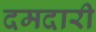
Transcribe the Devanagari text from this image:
दमदारी